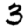
Digit: 3